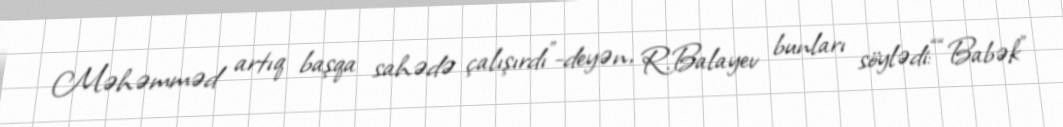
Məhəmməd artıq başqa sahədə çalışırdı”-deyən, R.Balayev bunları söylədi:““Babək”